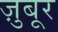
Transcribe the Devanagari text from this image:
ज़ुबूर